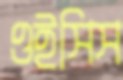
ওইসিস